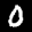
Label: 0